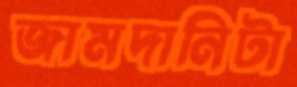
জামদানিটা